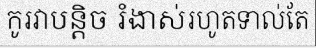
កូរវាបន្តិច រំងាស់រហូតទាល់តែ